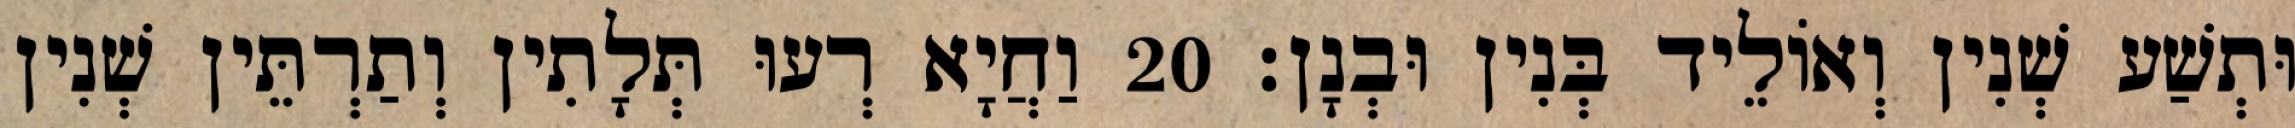
וּתְשַׁע שְׁנִין וְאוֹלֵיד בְּנִין וּבְנָן׃ 20 וַחֲיָא רְעוּ תְּלָתִין וְתַרְתֵּין שְׁנִין